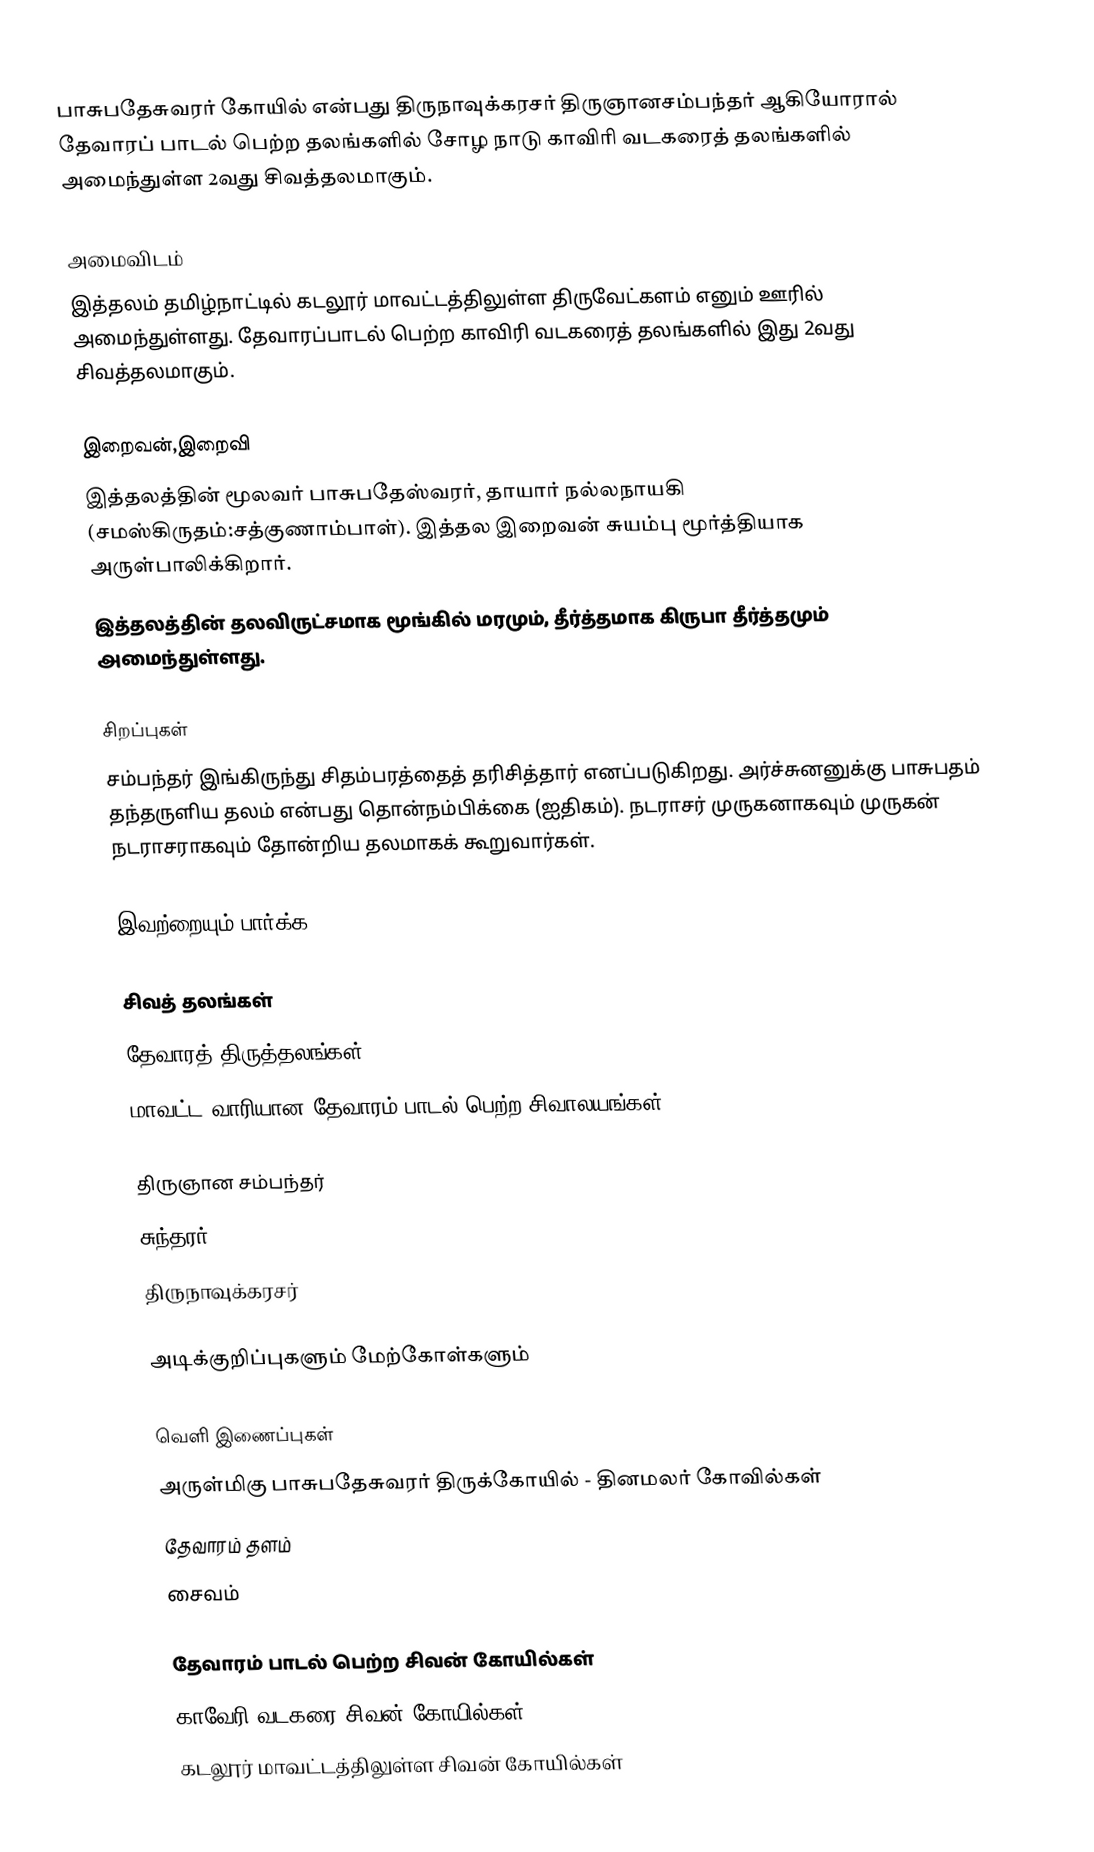
பாசுபதேசுவரர் கோயில் என்பது திருநாவுக்கரசர் திருஞானசம்பந்தர் ஆகியோரால் தேவாரப் பாடல் பெற்ற தலங்களில் சோழ நாடு காவிரி வடகரைத் தலங்களில் அமைந்துள்ள 2வது சிவத்தலமாகும்.

அமைவிடம்
இத்தலம் தமிழ்நாட்டில் கடலூர் மாவட்டத்திலுள்ள திருவேட்களம் எனும் ஊரில் அமைந்துள்ளது. தேவாரப்பாடல் பெற்ற காவிரி வடகரைத் தலங்களில் இது 2வது சிவத்தலமாகும்.

இறைவன்,இறைவி
இத்தலத்தின் மூலவர் பாசுபதேஸ்வரர், தாயார் நல்லநாயகி (சமஸ்கிருதம்:சத்குணாம்பாள்). இத்தல இறைவன் சுயம்பு மூர்த்தியாக அருள்பாலிக்கிறார்.
இத்தலத்தின் தலவிருட்சமாக மூங்கில் மரமும், தீர்த்தமாக கிருபா தீர்த்தமும் அமைந்துள்ளது.

சிறப்புகள்
சம்பந்தர் இங்கிருந்து சிதம்பரத்தைத் தரிசித்தார் எனப்படுகிறது. அர்ச்சுனனுக்கு பாசுபதம் தந்தருளிய தலம் என்பது தொன்நம்பிக்கை (ஐதிகம்). நடராசர் முருகனாகவும் முருகன் நடராசராகவும் தோன்றிய தலமாகக் கூறுவார்கள்.

இவற்றையும் பார்க்க

 சிவத் தலங்கள்
 தேவாரத் திருத்தலங்கள்
 மாவட்ட வாரியான தேவாரம் பாடல் பெற்ற சிவாலயங்கள்

 திருஞான சம்பந்தர்
 சுந்தரர்
 திருநாவுக்கரசர்

அடிக்குறிப்புகளும் மேற்கோள்களும்

வெளி இணைப்புகள்
 அருள்மிகு பாசுபதேசுவரர் திருக்கோயில் - தினமலர் கோவில்கள்
 தேவாரம் தளம்
சைவம்

தேவாரம் பாடல் பெற்ற சிவன் கோயில்கள்
காவேரி வடகரை சிவன் கோயில்கள்
கடலூர் மாவட்டத்திலுள்ள சிவன் கோயில்கள்